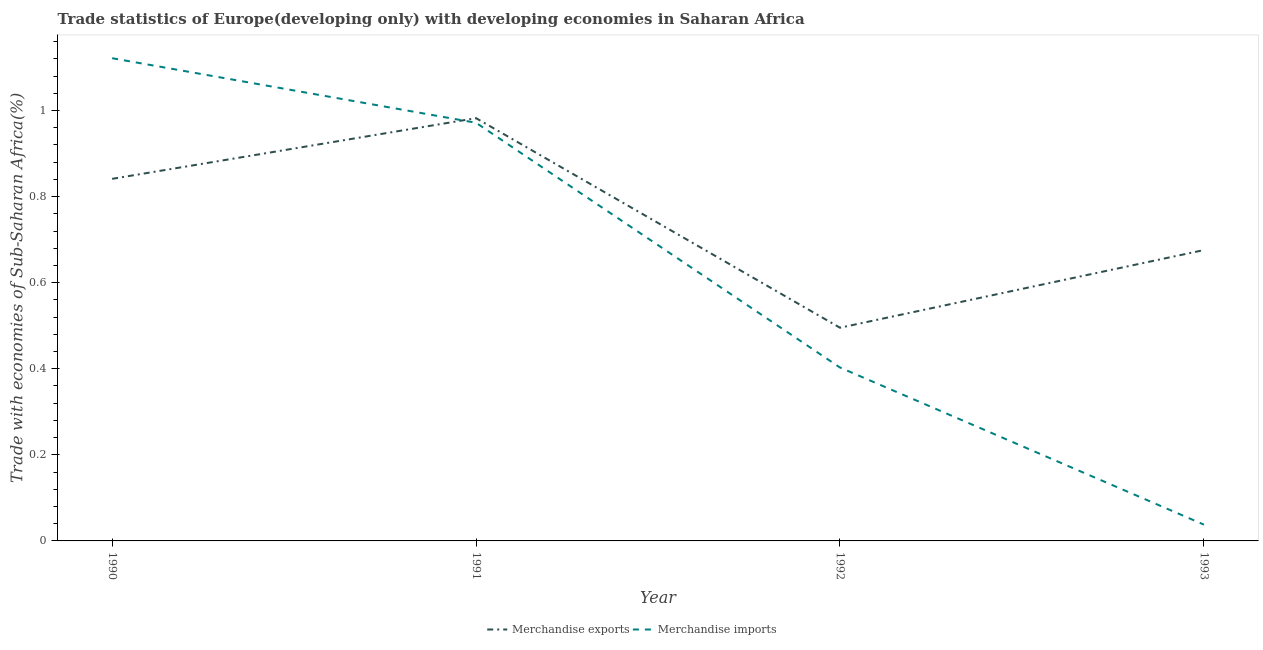
| Year | Merchandise exports | Merchandise imports |
 | --- | --- | --- |
 | 1990 | 0.841 | 1.12 |
 | 1991 | 0.982 | 0.972 |
 | 1992 | 0.495 | 0.403 |
 | 1993 | 0.676 | 0.0379 |